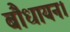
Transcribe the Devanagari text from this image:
बौधायन।